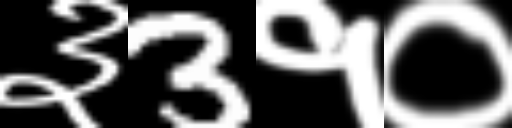
Text: ३3१०